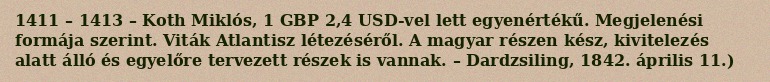
1411 – 1413 – Koth Miklós, 1 GBP 2,4 USD-vel lett egyenértékű. Megjelenési formája szerint. Viták Atlantisz létezéséről. A magyar részen kész, kivitelezés alatt álló és egyelőre tervezett részek is vannak. – Dardzsiling, 1842. április 11.)